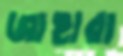
জাহারা